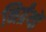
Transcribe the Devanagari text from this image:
निर्ग्रंथों